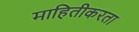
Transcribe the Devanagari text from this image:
माहितीकरता